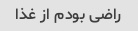
راضی بودم از غذا